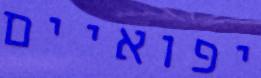
יפואיים